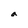
Character: a